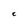
Character: C